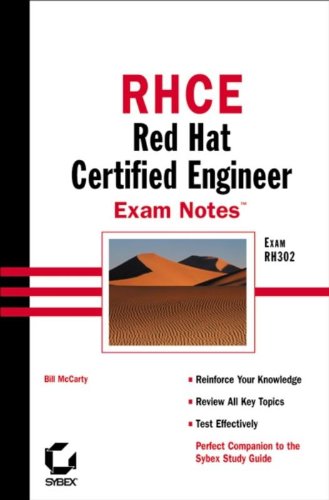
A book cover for RHCE: Red Hat Certified Engineer Exam Notes; Bill McCarty; Computers & Technology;